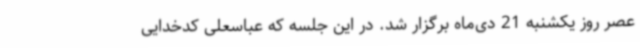
عصر روز یکشنبه 21 دی‌ماه برگزار شد. در این جلسه که عباسعلی کدخدایی